65_HS1-834228961_62-HQ-83894_Section_4
Agency: FBI
Page 17
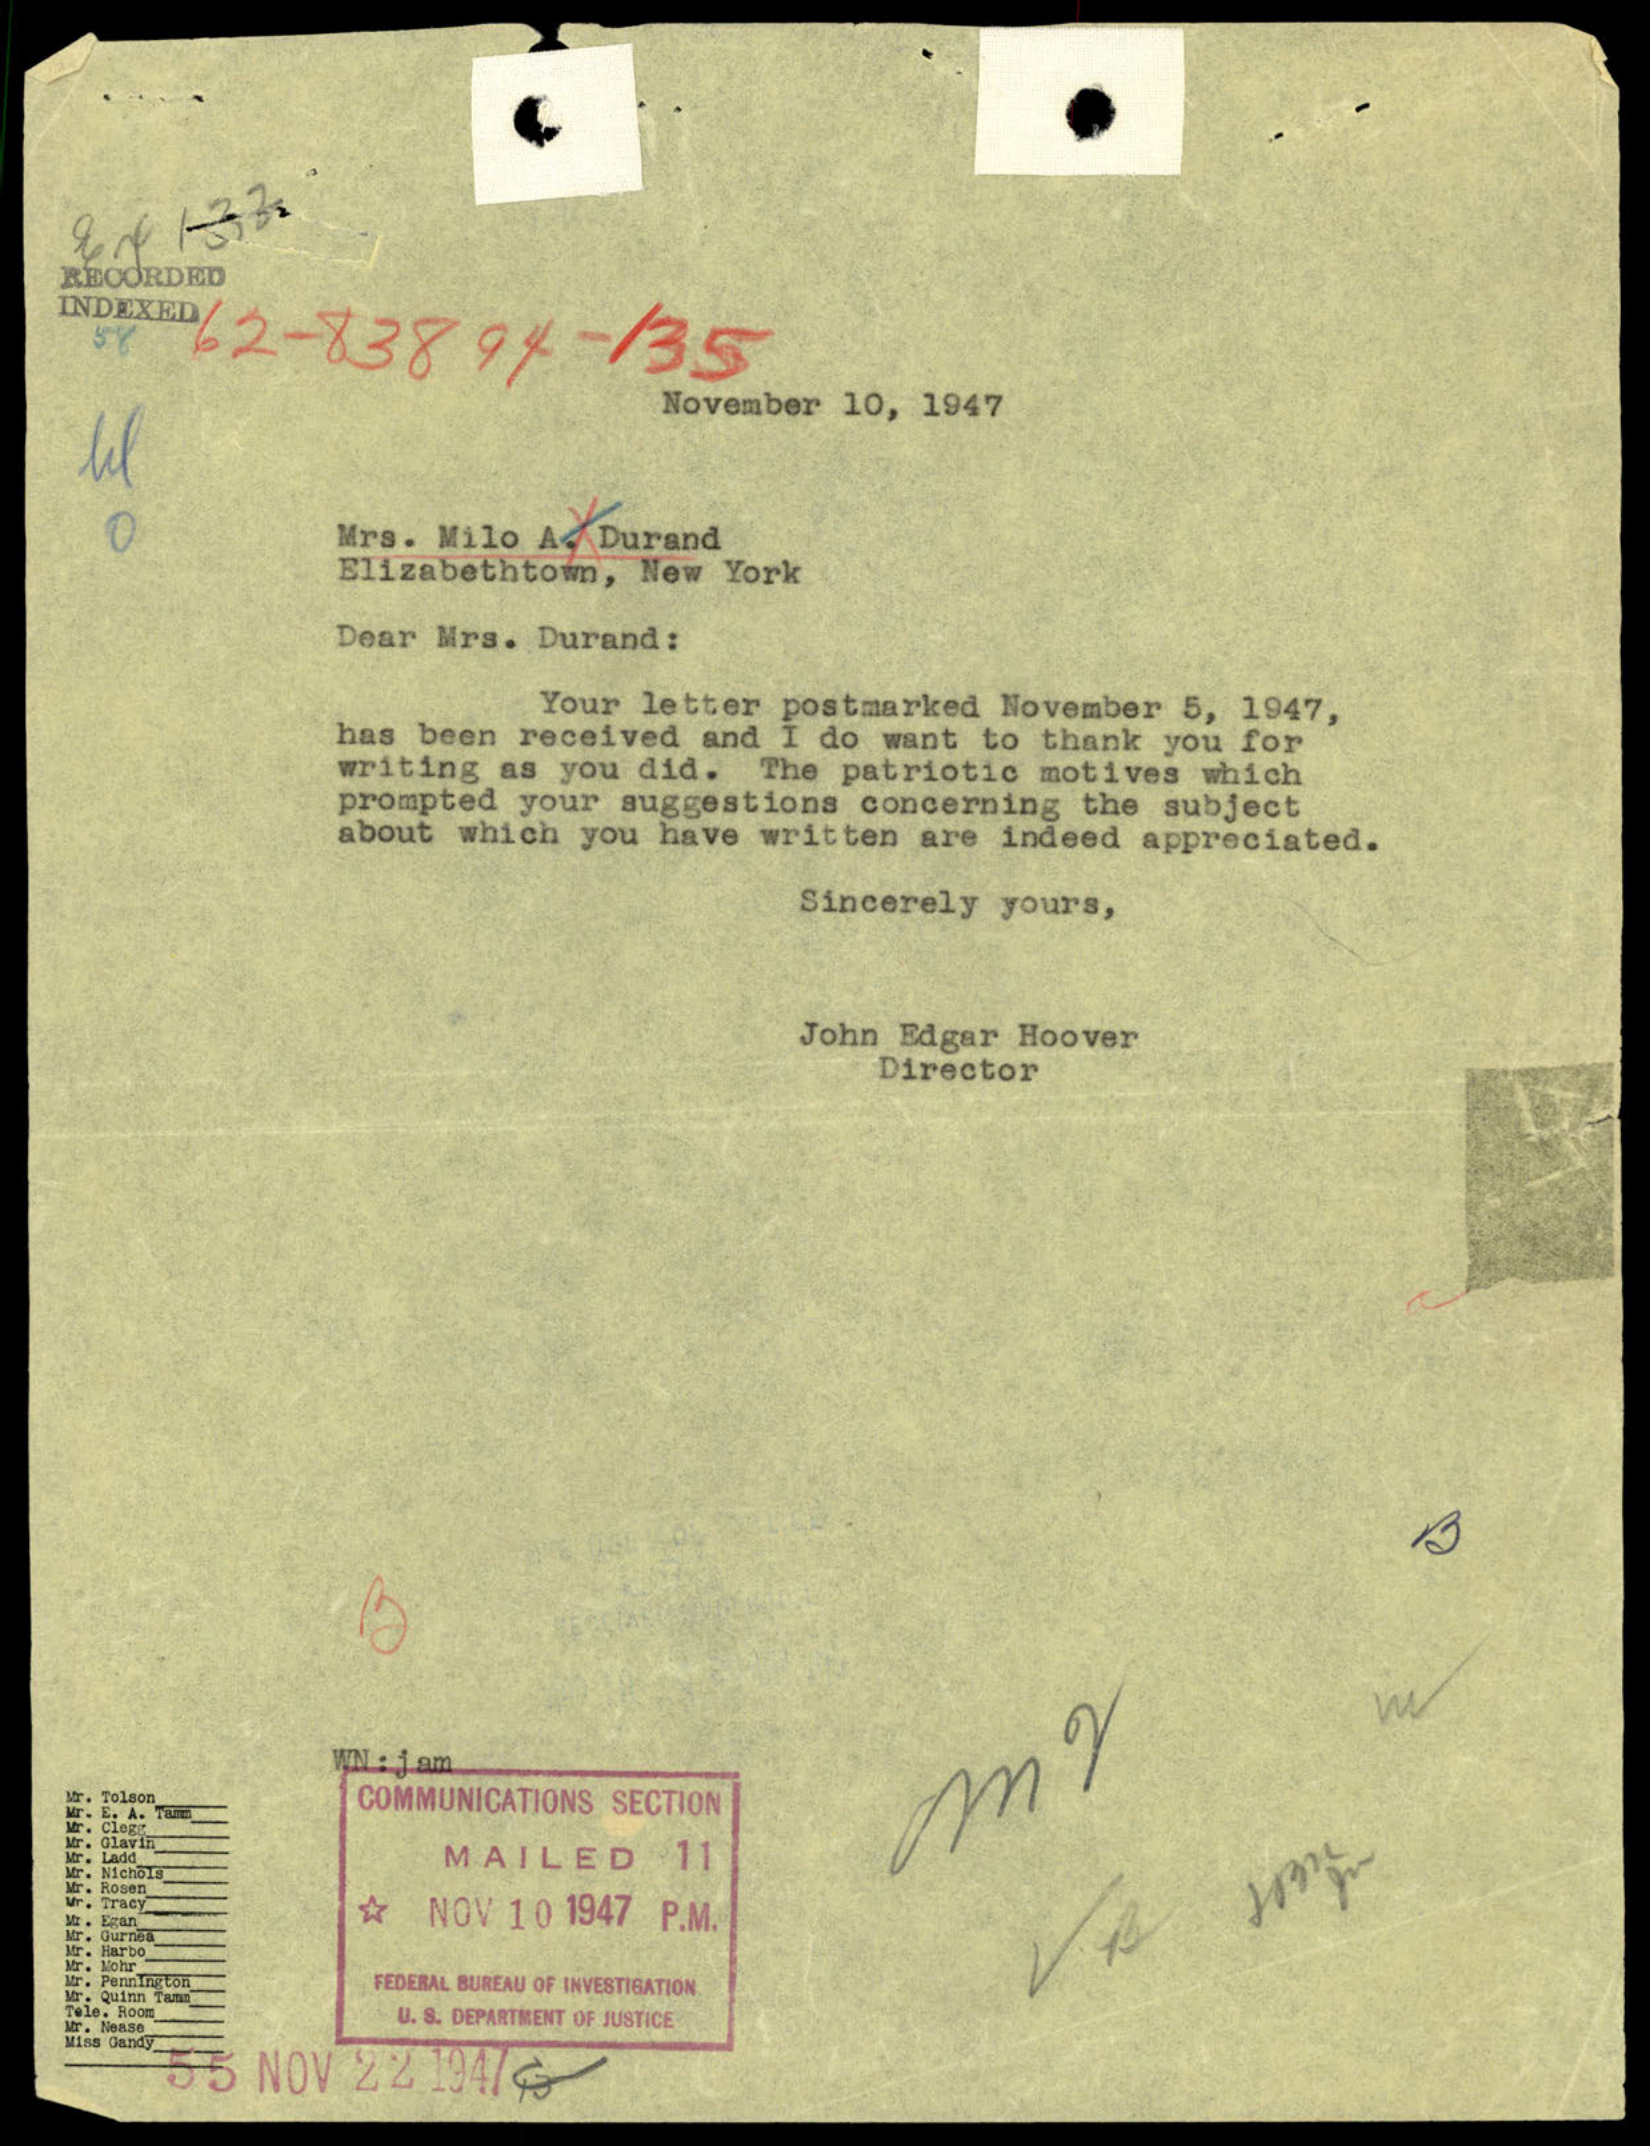